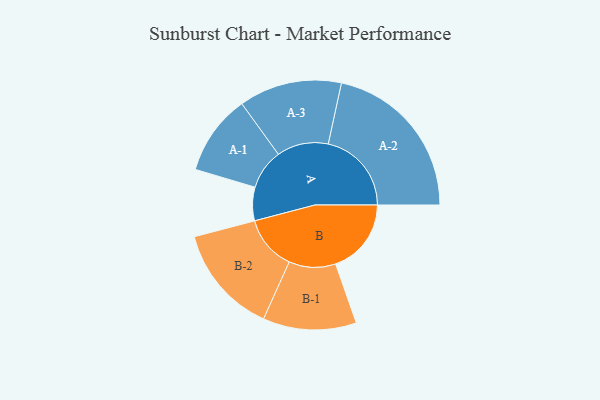
{"axis": {"x": "Segment", "y": "Value"}, "legend": ["", "A", "B"], "data": [{"x": "A", "y": 119, "type": ""}, {"x": "B", "y": 269, "type": ""}, {"x": "A-1", "y": 143, "type": "A"}, {"x": "A-2", "y": 296, "type": "A"}, {"x": "A-3", "y": 183, "type": "A"}, {"x": "B-1", "y": 166, "type": "B"}, {"x": "B-2", "y": 194, "type": "B"}]}